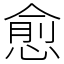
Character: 愈